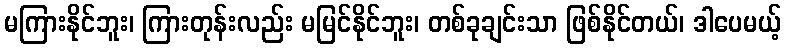
မကြားနိုင်ဘူး၊ ကြားတုန်းလည်း မမြင်နိုင်ဘူး၊ တစ်ခုချင်းသာ ဖြစ်နိုင်တယ်၊ ဒါပေမယ့်